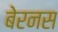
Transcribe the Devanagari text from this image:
बेरनस